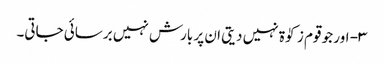
۳- اور جو قوم زکوٰۃ نہیں دیتی ان پر بارش نہیں برسائی جاتی۔